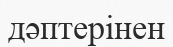
дәптерінен